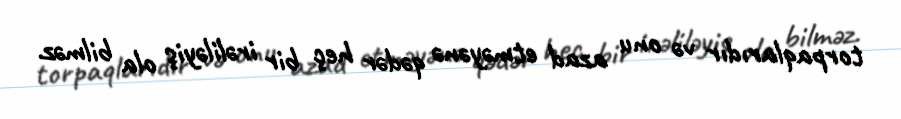
torpaqlarıdır və onu azad etməyənə qədər heç bir irəliləyiş ola bilməz.